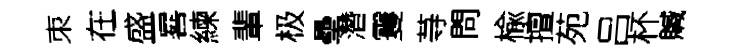
朿在盛晷練輩极壘濳䨥䒭問楡擅苑吕杯贓